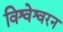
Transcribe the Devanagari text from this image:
विश्वेश्वरन